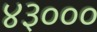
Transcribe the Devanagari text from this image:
४३०००